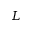
L